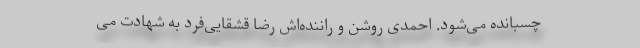
چسبانده می‌شود. احمدی روشن و راننده‌اش رضا قشقایی‌فرد به شهادت می